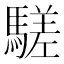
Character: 𩥙